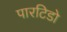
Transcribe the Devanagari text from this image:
पारटिडो